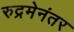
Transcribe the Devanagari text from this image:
रुद्रमेनंतर